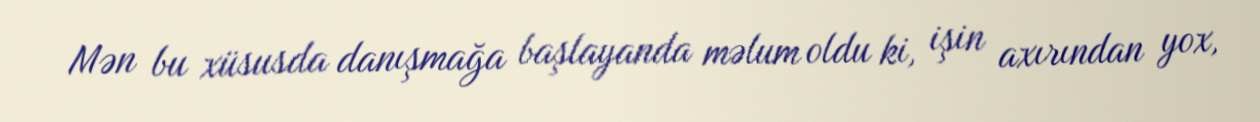
Mən bu xüsusda danışmağa başlayanda məlum oldu ki, işin axırından yox,